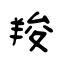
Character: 羧